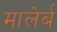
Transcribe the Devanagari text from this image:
मालेर्ब